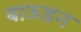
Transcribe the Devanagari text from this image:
बाऊडन